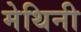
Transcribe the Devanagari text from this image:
मेथिनी